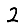
Digit: 2